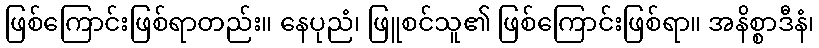
ဖြစ်ကြောင်းဖြစ်ရာတည်း။ နေပုညံ၊ ဖြူစင်သူ၏ ဖြစ်ကြောင်းဖြစ်ရာ။ အနိစ္စာဒီနံ၊